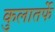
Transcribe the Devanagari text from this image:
कुलातर्फे